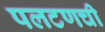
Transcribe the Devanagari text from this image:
पलटणची